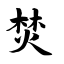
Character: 焚